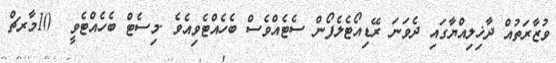
ވުޒާރަތުއް ދާޚިލިއްޔާގައި ދެވަނަ ރޭޑިއޯޓެލެފޯން ސެޓެއްވެސް ބެހެއްޓެވިއެވެ .މިސެޓް ބެހެއްޓެވީ  10މާރޗް